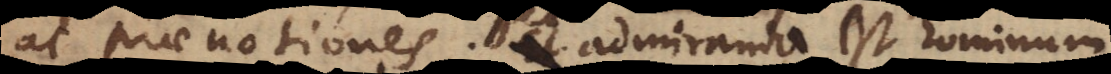
ac praenotiones. Sed admiranda est hominum